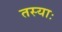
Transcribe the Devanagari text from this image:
तस्याः